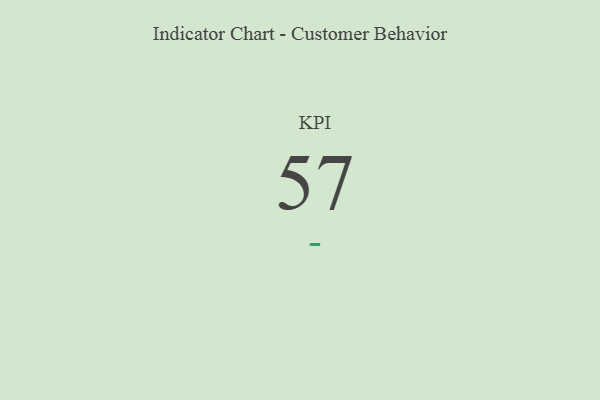
{"axis": {"x": "KPI", "y": "Value"}, "legend": [""], "data": [{"x": "KPI", "y": 57, "type": ""}]}